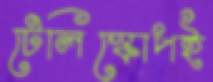
টেলিস্কোপই